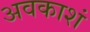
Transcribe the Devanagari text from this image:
अवकाशं